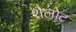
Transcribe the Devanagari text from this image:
शैलोट